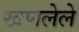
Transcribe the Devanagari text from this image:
खणलेले